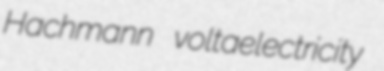
Hachmann voltaelectricity